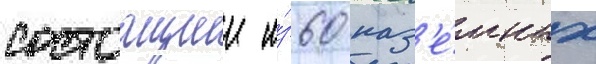
состоащии и́з 60 наз'е́мных